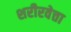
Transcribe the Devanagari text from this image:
शरीरवेत्ता